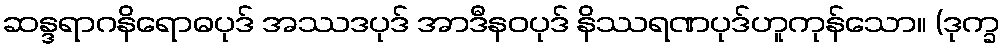
ဆန္ဒရာဂနိရောဓပုဒ် အဿဒပုဒ် အာဒီနဝပုဒ် နိဿရဏပုဒ်ဟူကုန်သော။ (ဒုက္ခ